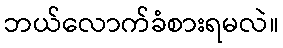
ဘယ်လောက်ခံစားရမလဲ။